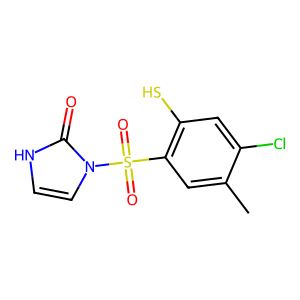
SMILES: Cc1cc(S(=O)(=O)n2cc[nH]c2=O)c(S)cc1Cl
Inhibits HIV replication: No